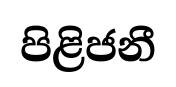
පිළිජනී